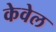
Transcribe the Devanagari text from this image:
केवेल